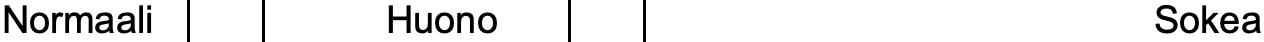
Normaali     Huono                    Sokea